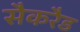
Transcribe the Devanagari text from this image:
सैकरैड